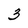
Character: 3